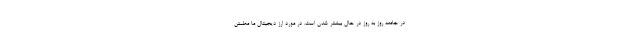
در جامعه روز به روز در حال بیشتر شدن است. در مورد ارز دیجیتال ما مطمئن